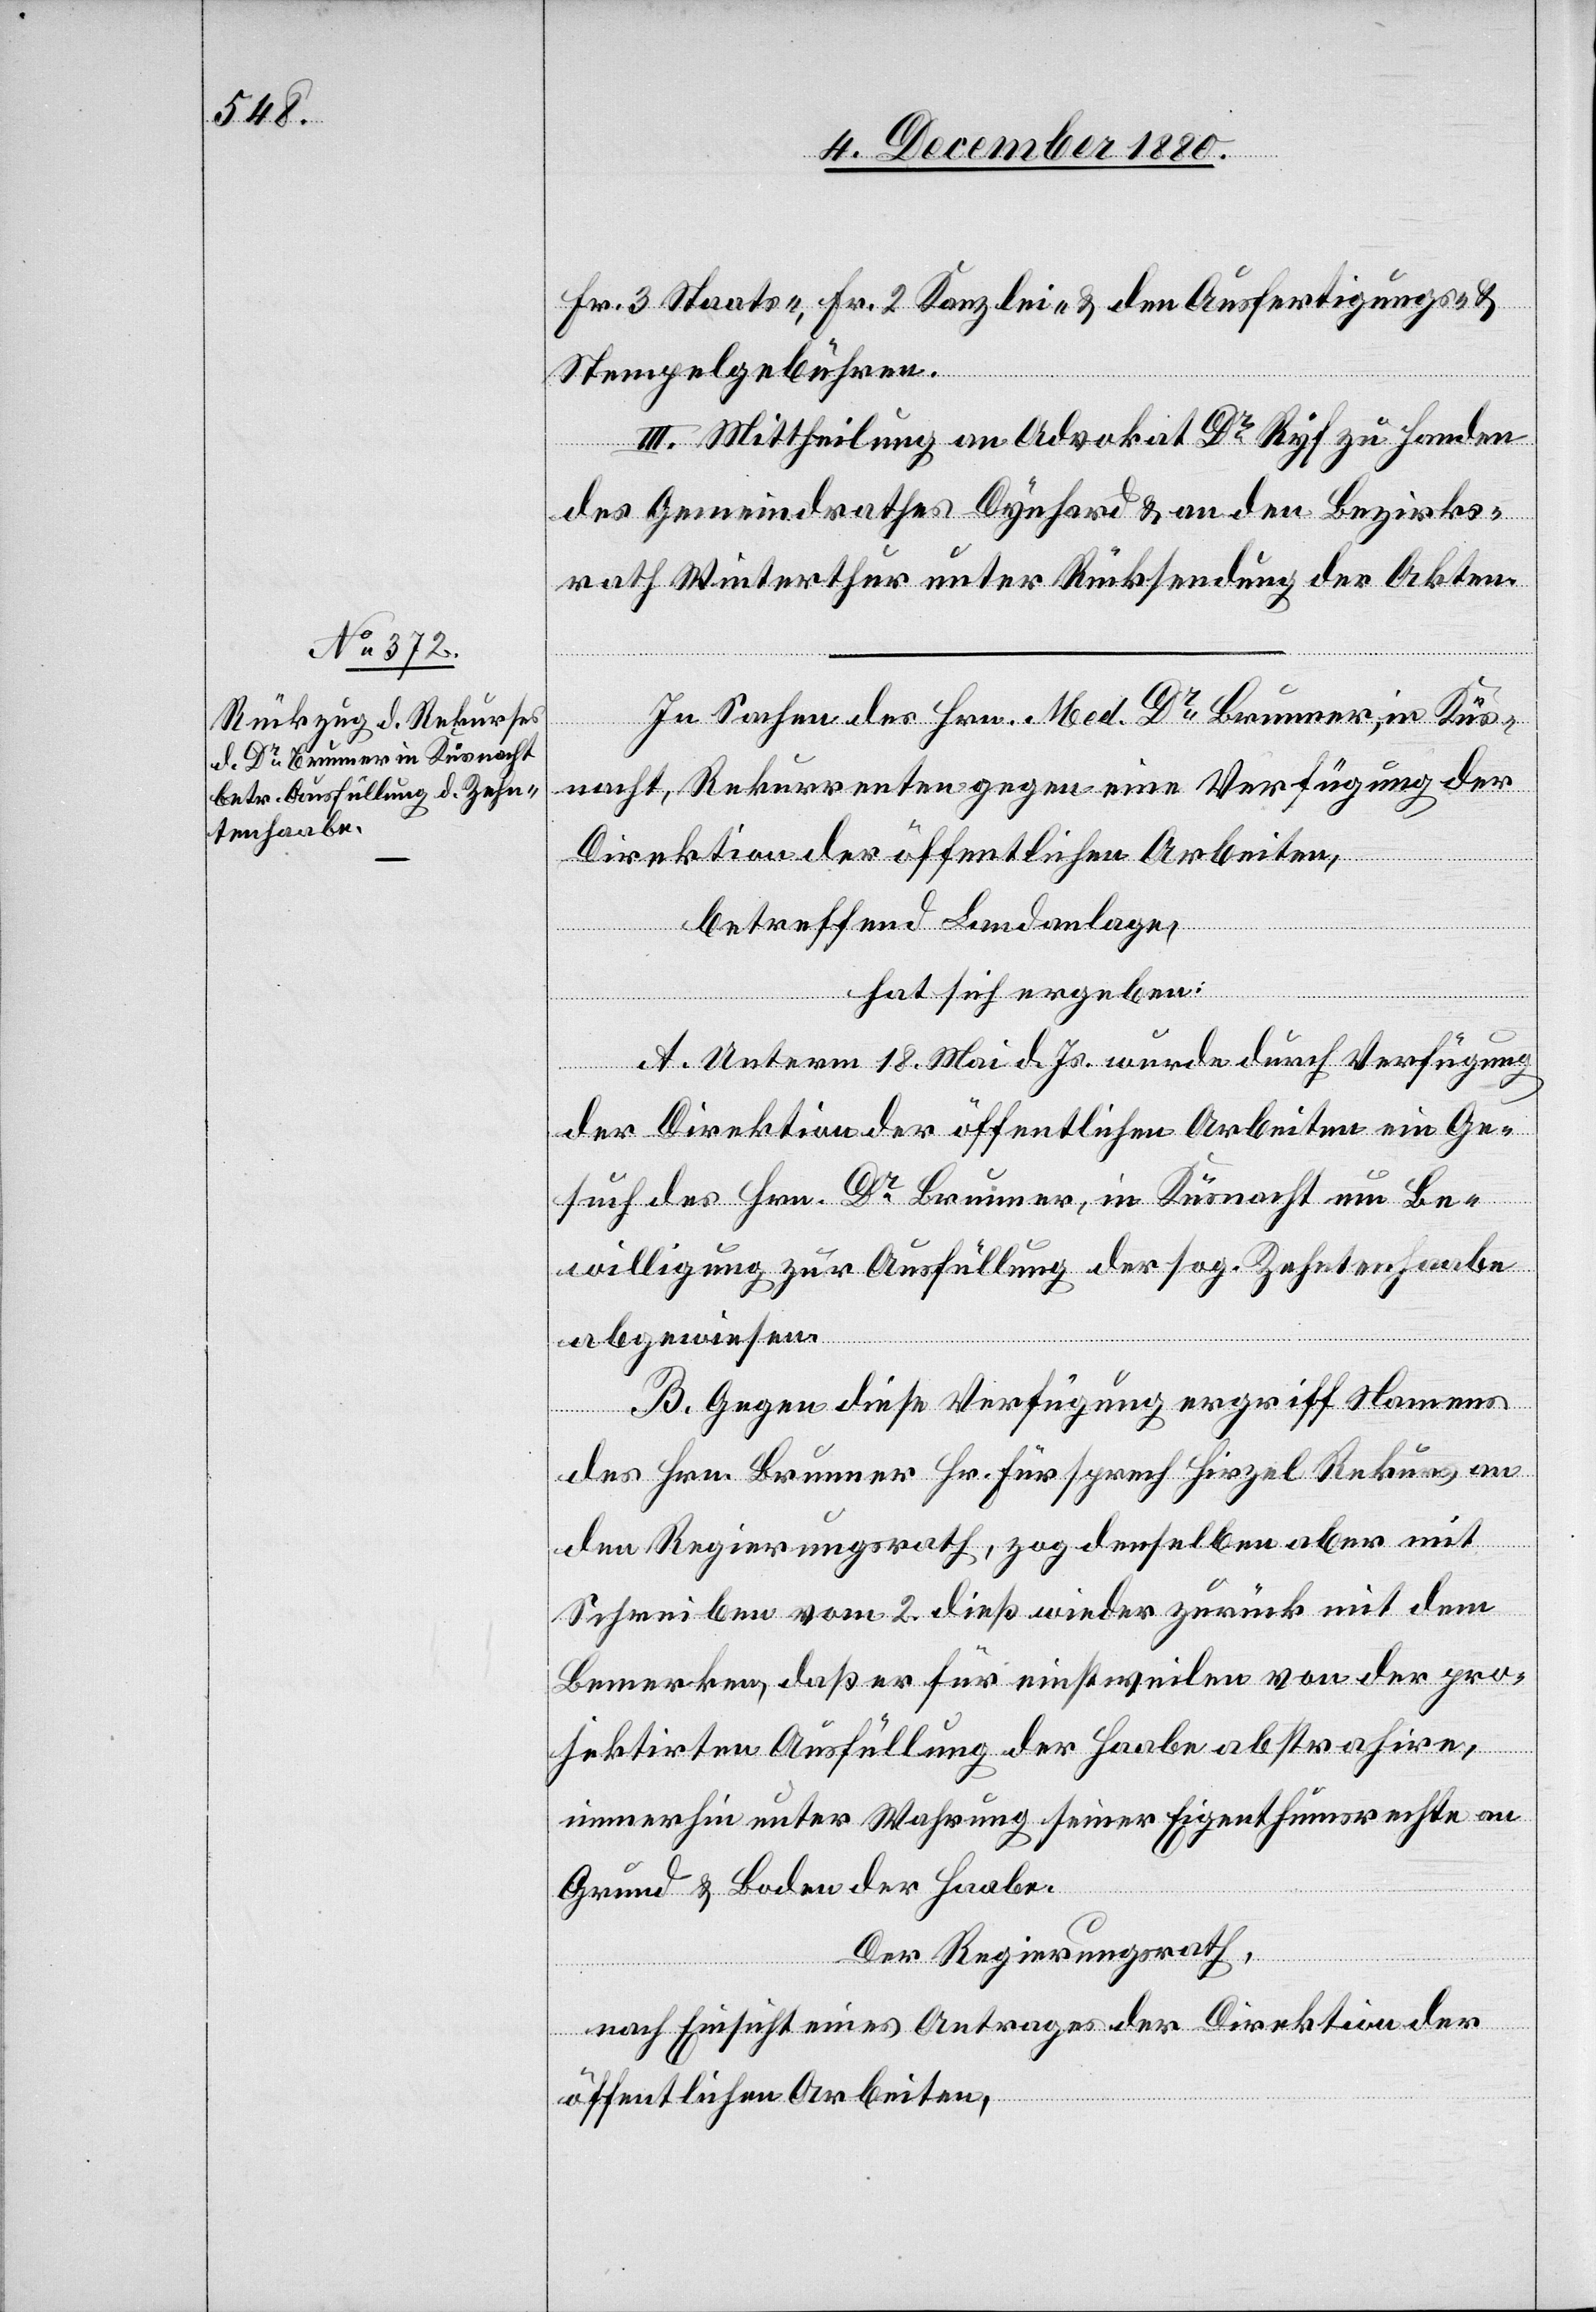
Fr. 3 Staats-, Fr. 2 Kanzlei- & den Ausfertigungs- &
Stempelgebühren.
III. Mittheilung an Advokat Dr Ryf zu Handen
des Gemeindrathes Dynhard & an den Bezirks¬
rath Winterthur unter Rücksendung der Akten.
In Sachen des Hrn. Med. Dr Brunner, in Küs¬
nacht, Rekurrenten gegen eine Verfügung der
Direktion der öffentlichen Arbeiten,
betreffend Landanlage,
hat sich ergeben:
A. Unterm 18. Mai d. Js. wurde durch Verfügung
der Direktion der öffentlichen Arbeiten ein Ge¬
such des Hrn. Dr Brunner, in Küsnacht um Be¬
willigung zur Ausfüllung der sog. Zehntenhaabe
abgewiesen.
B. Gegen diese Verfügung ergriff Namens
des Hrn. Brunner Hr. Fürsprech Hirzel Rekurs an
den Regierungsrath, zog denselben aber mit
Schreiben vom 2. dieß wieder zurück mit dem
Bemerken, daß er für einstweilen von der pro¬
jektirten Ausfüllung der Haabe abstrahire,
immerhin unter Wahrung seiner Eigenthumsrechte an
Grund & Boden der Haabe.
Der Regierungsrath,
nach Einsicht eines Antrages der Direktion der
öffentlichen Arbeiten,